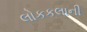
લોકકલાની